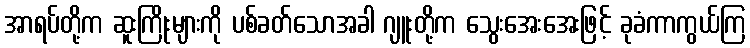
အာရပ်တို့က ဆူးကြိုးများကို ပစ်ခတ်သောအခါ ဂျူးတို့က သွေးအေးအေးဖြင့် ခုခံကာကွယ်ကြ